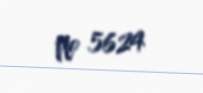
№ 5624